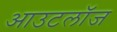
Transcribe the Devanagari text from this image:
आउटलॉज